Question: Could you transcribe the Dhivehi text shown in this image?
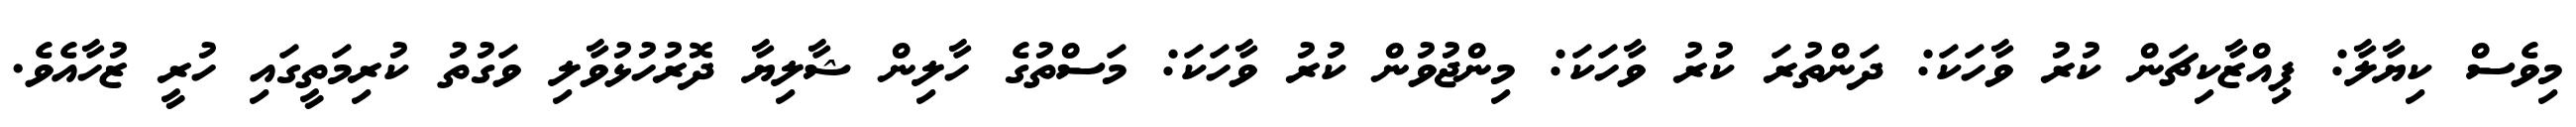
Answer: މިވެސް ކިޔާލާ: ޕިއްޒާކިޗަން ކުރު ވާހަކަ: ދަންތުރަ ކުރު ވާހަކަ: މިންޖުވުން ކުރު ވާހަކަ: މަސްތުގެ ހާލިން ޝާލިޔާ ދޮރުހުޅުވާލި ވަގުތު ކުރިމަތީގައި ހުރީ ޒުހާއެވެ.